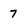
Character: 7